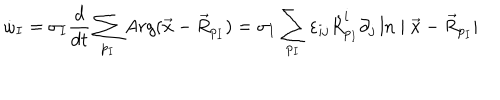
\dot { \omega } _ { I } = \sigma _ { I } \frac { d } { d t } \sum _ { p _ { I } } A r g ( \vec { x } - \vec { R } _ { p _ { I } } ) = \sigma _ { I } \sum _ { p _ { I } } \varepsilon _ { i j } \dot { R } _ { p _ { I } } ^ { i } \partial _ { j } \ln \mid \vec { x } - \vec { R } _ { p _ { I } } \mid \; \;